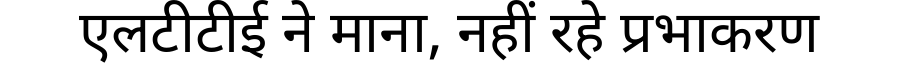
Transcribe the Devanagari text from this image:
एलटीटीई ने माना, नहीं रहे प्रभाकरण